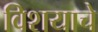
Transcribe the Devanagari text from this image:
विशयाचे